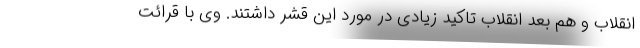
انقلاب و هم بعد انقلاب تاکید زیادی در مورد این قشر داشتند. وی با قرائت